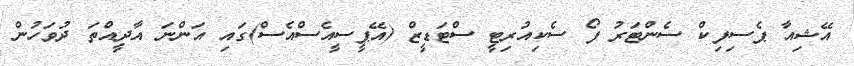
އޭޝިއާ ޕެސިފިކް ސެންޓަރު ފޯ ސެކިއުރިޓީ ސްޓަޑީޒް (އޭޕީސީއެސްއެސް)ގައި އަންނަ އާދީއްތަ ދުވަހުން